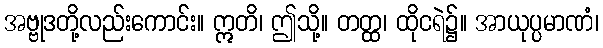
အဗ္ဗုဒတို့လည်းကောင်း။ ဣတိ၊ ဤသို့။ တတ္ထ၊ ထိုငရဲ၌။ အာယုပ္ပမာဏံ၊